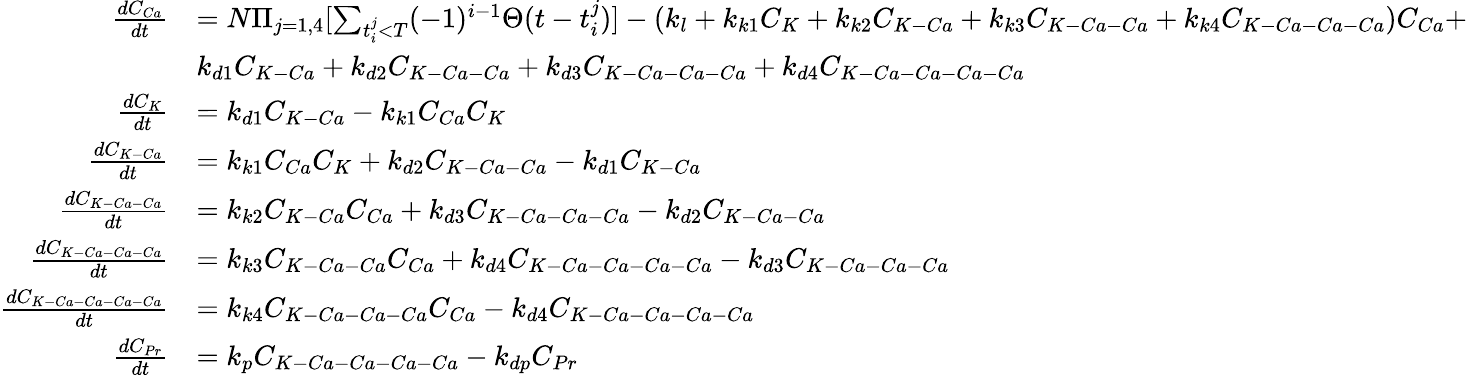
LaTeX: \begin{array}{rl}{\frac{dC_{Ca}}{dt}}&{=N\Pi_{j=1,4}[\sum_{t_{i}^{j}<T}(-1)^{i-1}\Theta(t-t_{i}^{j})]-(k_{l}+k_{k1}C_{K}+k_{k2}C_{K-Ca}+k_{k3}C_{K-Ca-Ca}+k_{k4}C_{K-Ca-Ca-Ca})C_{Ca}+}\\ &{k_{d1}C_{K-Ca}+k_{d2}C_{K-Ca-Ca}+k_{d3}C_{K-Ca-Ca-Ca}+k_{d4}C_{K-Ca-Ca-Ca-Ca}}\\ {\frac{dC_{K}}{dt}}&{=k_{d1}C_{K-Ca}-k_{k1}C_{Ca}C_{K}}\\ {\frac{dC_{K-Ca}}{dt}}&{=k_{k1}C_{Ca}C_{K}+k_{d2}C_{K-Ca-Ca}-k_{d1}C_{K-Ca}}\\ {\frac{dC_{K-Ca-Ca}}{dt}}&{=k_{k2}C_{K-Ca}C_{Ca}+k_{d3}C_{K-Ca-Ca-Ca}-k_{d2}C_{K-Ca-Ca}}\\ {\frac{dC_{K-Ca-Ca-Ca}}{dt}}&{=k_{k3}C_{K-Ca-Ca}C_{Ca}+k_{d4}C_{K-Ca-Ca-Ca-Ca}-k_{d3}C_{K-Ca-Ca-Ca}}\\ {\frac{dC_{K-Ca-Ca-Ca-Ca}}{dt}}&{=k_{k4}C_{K-Ca-Ca-Ca}C_{Ca}-k_{d4}C_{K-Ca-Ca-Ca-Ca}}\\ {\frac{dC_{Pr}}{dt}}&{=k_{p}C_{K-Ca-Ca-Ca-Ca}-k_{dp}C_{Pr}}\end{array}